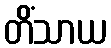
တိံသာယ